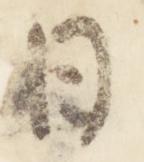
日